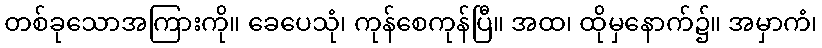
တစ်ခုသောအကြားကို။ ခေပေသုံ၊ ကုန်စေကုန်ပြီ။ အထ၊ ထိုမှနောက်၌။ အမှာကံ၊